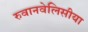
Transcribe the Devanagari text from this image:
रुवानवेलिसीया